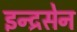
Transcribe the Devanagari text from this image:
इन्द्रसेन